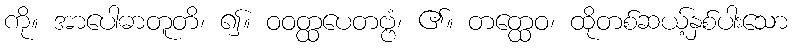
ကို။ အာပေါဓာတူတိ၊ ၍။ ဝဝတ္ထပေတဗ္ဗံ၊ ၏။ တတ္ထေဝ၊ ထိုတစ်ဆယ့်နှစ်ပါးသော